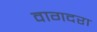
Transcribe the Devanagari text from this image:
वागदरा